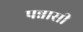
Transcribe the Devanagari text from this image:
पन्नासी